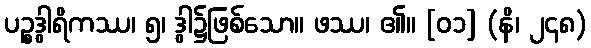
ပဉ္စဒွါရိကဿ၊ ၅၊ ဒွါ၌ဖြစ်သော။ ဖဿ၊ ၏။ [၀၁] (နိ၊ ၂၄၈)